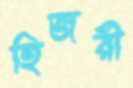
হিজরী